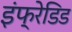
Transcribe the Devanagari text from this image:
इंफ्रेडिड